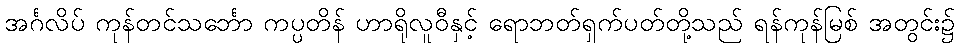
အင်္ဂလိပ် ကုန်တင်သင်္ဘော ကပ္ပတိန် ဟာရိုလူဝီနှင့် ရောဘတ်ရှက်ပတ်တို့သည် ရန်ကုန်မြစ် အတွင်း၌